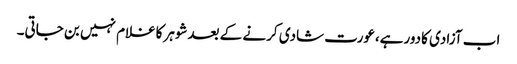
اب آزادی کادورہے،عورت شادی کرنے کے بعدشوہرکاغلام نہیں بن جاتی۔